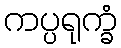
ကပ္ပရုက္ခံ